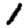
Digit: 1